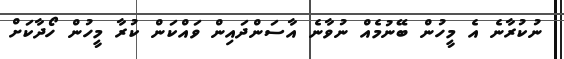
ނުކުރާނެ އެ މީހުން ބޭނުމެއް ނުވާނެ އާސަންދައިން ވައްކަން ކުރާ މީހުން ހޯދާކަށް